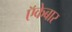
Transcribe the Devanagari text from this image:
ऍकेबार